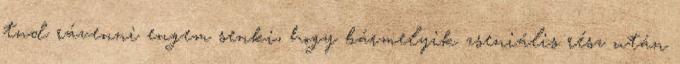
tud rávenni engem senki, hogy bármelyik zseniális rész után